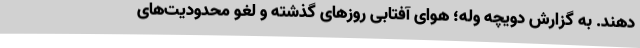
دهند. به گزارش دویچه وله؛ هوای آفتابی روزهای گذشته و لغو محدودیت‌های